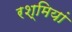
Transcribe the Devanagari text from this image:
रश्मियां